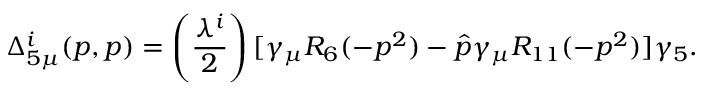
\Delta _ { 5 \mu } ^ { i } ( p , p ) = \left( { \frac { \lambda ^ { i } } { 2 } } \right) [ \gamma _ { \mu } R _ { 6 } ( - p ^ { 2 } ) - \hat { p } \gamma _ { \mu } R _ { 1 1 } ( - p ^ { 2 } ) ] \gamma _ { 5 } .